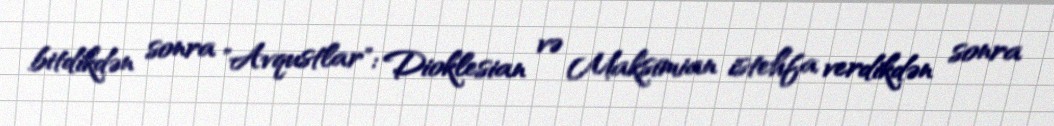
bitdikdən sonra "Avqustlar": Dioklesian və Maksimian istehfa verdikdən sonra